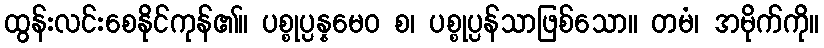
ထွန်းလင်းစေနိုင်ကုန်၏။ ပစ္စုပ္ပန္နမေဝ စ၊ ပစ္စုပ္ပန်သာဖြစ်သော။ တမံ၊ အမိုက်ကို။